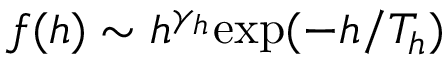
f ( h ) \sim h ^ { \gamma _ { h } } \mathrm { e x p } ( - h / T _ { h } )